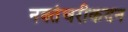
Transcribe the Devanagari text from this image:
नक्तंचरीकदन